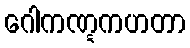
ဂေါကဏ္ဋကဟတာ